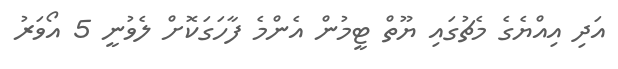
އަދި އިއްޔެގެ މެޗުގައި ޔޫތް ޓީމުން އެންމެ ފާހަގަކޮށް ލެވުނީ 5 އޯވަރު